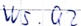
Text: WS.Q2